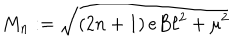
LaTeX: M _ { n } : = \sqrt { \left( 2 n + 1 \right) e B \ell ^ { 2 } + \mu ^ { 2 } }